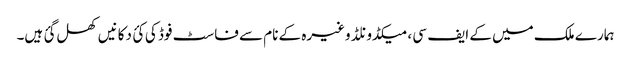
ہمارے ملک میں کے ایف سی ، میکڈونلڈ وغیرہ کے نام سے فاسٹ فوڈ کی کئ دکانیں کھل گئ ہیں۔